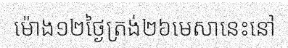
ម៉ោង១២ថ្ងៃត្រង់២៦មេសានេះនៅ